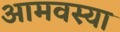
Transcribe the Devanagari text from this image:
आमवस्या